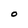
Character: O